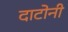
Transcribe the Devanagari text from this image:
दाटोनी